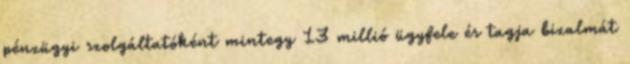
pénzügyi szolgáltatóként mintegy 13 millió ügyfele és tagja bizalmát